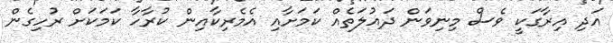
އަދި އިރާގަކީ ވެސް މިނިވަން ދައުލަތެއް ކަމަށާއި އެމެރިކާއިން ކުރާހާ ކަމަކަށް ރުހިގެން